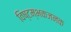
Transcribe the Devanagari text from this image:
विष्टम्भकजनक